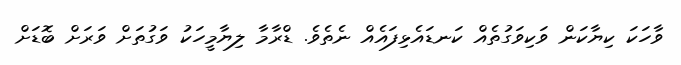
ވާހަކަ ކިޔާކަން ވަކިވަގުތެއް ކަނޑައެޅިފައެއް ނެތެވެ. ޑްރާމާ ލިޔާމީހަކު ވަގުތަށް ވަރަށް ބޮޑަށް